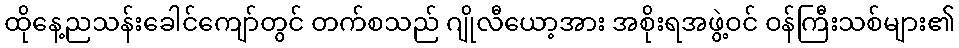
ထိုနေ့ညသန်းခေါင်ကျော်တွင် တက်စသည် ဂျိုလီယော့အား အစိုးရအဖွဲ့ဝင် ဝန်ကြီးသစ်များ၏